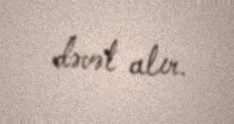
dəvət alır.